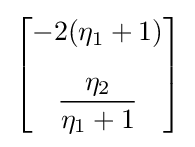
{\begin{bmatrix}-2(\eta _{1}+1)\\[10pt]{\dfrac {\eta _{2}}{\eta _{1}+1}}\end{bmatrix}}